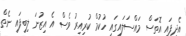
އެދިފައި އޮތަސް މައްސަލައިގައި ހުކުމް ކުރިއިރު ވެސް އެ އިޒުނަ ލިބިފައި ނެތް